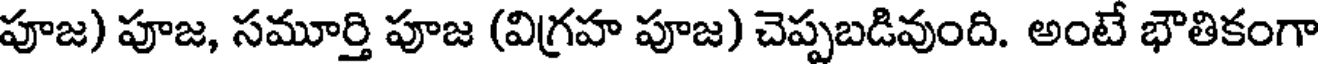
పూజ) పూజ, సమూర్తి పూజ (విగ్రహ పూజ) చెప్పబడివుంది. అంటే భౌతికంగా